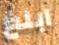
ابلغ